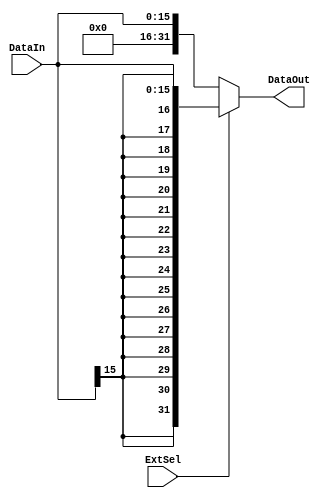
`timescale 1ns / 1ps
//////////////////////////////////////////////////////////////////////////////////
// Company: 
// Engineer: 
// 
// Design Name: 
// Module Name: Extend
// Project Name: 
// Target Devices: 
// Tool Versions: 
// Description: 
// 
// Dependencies: 
// 
// Revision:
// Revision 0.01 - File Created
// Additional Comments:
// 
//////////////////////////////////////////////////////////////////////////////////


module Extend(DataIn,ExtSel,DataOut);
    input [15:0] DataIn;
    input ExtSel;               //01
    output reg [31:0] DataOut;
    
    always @(DataIn or ExtSel) begin
        if (ExtSel) begin
            DataOut <= {{16{DataIn[15]}}, DataIn[15:0]};
        end
        else begin
            DataOut <= {16'b0000000000000000, DataIn[15:0]};
        end
    end
endmodule